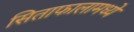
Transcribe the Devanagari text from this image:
सिताफालामध्ये